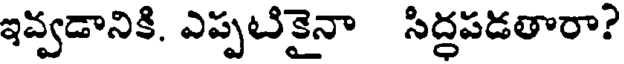
ఇవ్వడానికి. ఎప్పటికైనా సిద్ధపడతారా?